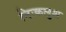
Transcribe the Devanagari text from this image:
निःकलुश